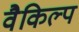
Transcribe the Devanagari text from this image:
वैकिल्प